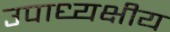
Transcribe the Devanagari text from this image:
उपाध्यक्षीय